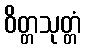
ဝိတ္တသုတ္တံ